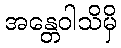
အန္တေဝါသိမှိ